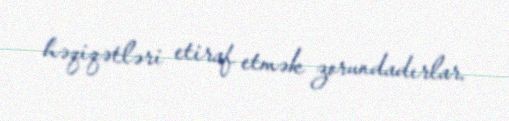
həqiqətləri etiraf etmək zorundadırlar.